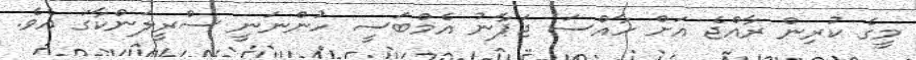
މީގެ ކުރިން ރާއްޖެ އަށް ހާއްސަ ޖަޕާނު އެމްބަސީ ހުންނަނީ ސްރީލަންކާގަ އެވެ.